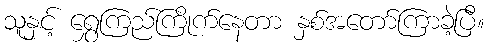
သူနှင့် ရွှေကြည်ကြိုက်နေတာ နှစ်အတော်ကြာခဲ့ပြီ။